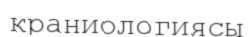
краниологиясы